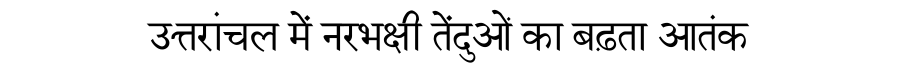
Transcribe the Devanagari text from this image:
उत्तरांचल में नरभक्षी तेंदुओं का बढ़ता आतंक